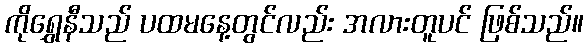
ကိုရွှေနီသည် ပထမနေ့တွင်လည်း အလားတူပင် ဖြစ်သည်။